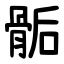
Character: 骺